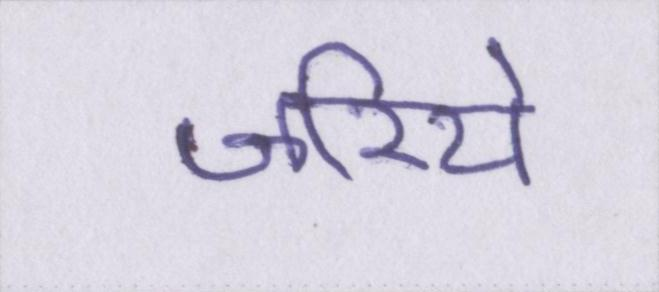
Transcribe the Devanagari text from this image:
जरिये